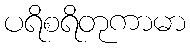
ပရိစရိတုကာမာ